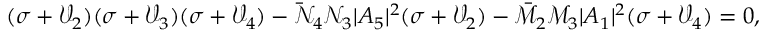
( \sigma + \mathcal { V } _ { 2 } ) ( \sigma + \mathcal { V } _ { 3 } ) ( \sigma + \mathcal { V } _ { 4 } ) - \bar { \mathcal { N } } _ { 4 } { \mathcal { N } } _ { 3 } | A _ { 5 } | ^ { 2 } ( \sigma + \mathcal { V } _ { 2 } ) - \bar { \mathcal { M } } _ { 2 } { \mathcal { M } } _ { 3 } | A _ { 1 } | ^ { 2 } ( \sigma + \mathcal { V } _ { 4 } ) = 0 ,